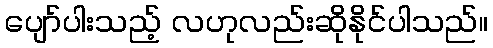
ပျော်ပါးသည့် လဟုလည်းဆိုနိုင်ပါသည်။